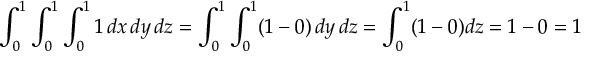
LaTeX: \int _ { 0 } ^ { 1 } \int _ { 0 } ^ { 1 } \int _ { 0 } ^ { 1 } 1 \, d x \, d y \, d z = \int _ { 0 } ^ { 1 } \int _ { 0 } ^ { 1 } ( 1 - 0 ) \, d y \, d z = \int _ { 0 } ^ { 1 } ( 1 - 0 ) d z = 1 - 0 = 1